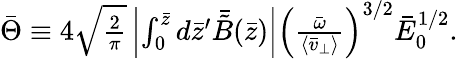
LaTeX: \begin{array}{r}{\bar{\Theta}\equiv 4\sqrt{\frac{2}{\pi}}\left|\int_{0}^{\bar{z}}d\bar{z}^{\prime}\bar{\tilde{B}}(\bar{z})\right|\left(\frac{\bar{\omega}}{\langle\bar{v}_{\perp}\rangle}\right)^{3/2}\bar{E}_{0}^{1/2}.}\end{array}